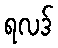
ရလဒ်